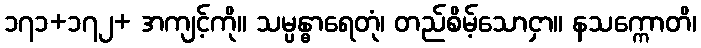
၁၇၁+၁၇၂+ အကျင့်ကို။ သမ္ပန္ဓာရေတုံ၊ တည်စိမ့်သောငှာ။ နသက္ကောတိ၊